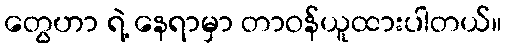
တွေဟာ ရဲ့ နေရာမှာ တာဝန်ယူထားပါတယ်။